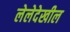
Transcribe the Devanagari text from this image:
लेलेदेखील